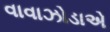
વાવાઝોડાએ